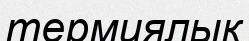
термиялык